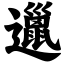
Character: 邋